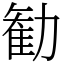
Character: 勧